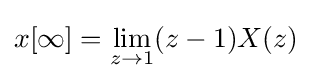
x[\infty ]=\lim _{z\to 1}(z-1)X(z)